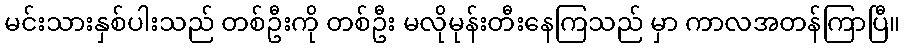
မင်းသားနှစ်ပါးသည် တစ်ဦးကို တစ်ဦး မလိုမုန်းတီးနေကြသည် မှာ ကာလအတန်ကြာပြီ။